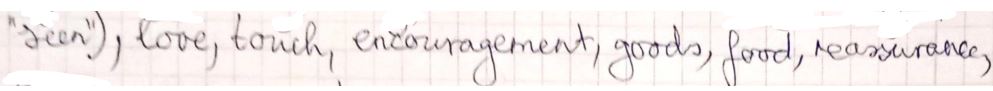
" Seen ), love, touch, encouragement, goods, food, reassurance,